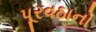
પૂરવઠાનો